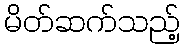
မိတ်ဆက်သည့်